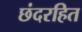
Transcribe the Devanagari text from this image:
छंदरहित